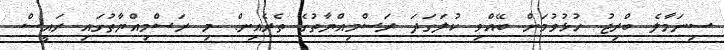
ސިނަމާލެ ބްރިޖު ހުޅުވުމަށް ބޭއްވި ކުލަގަދަ ރަސްމިއްޔާތުގެ ތެރެއިން. މި ރަސްމިއްޔާތުގައި ރައީސް